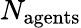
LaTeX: N_{\mathrm{agents}}